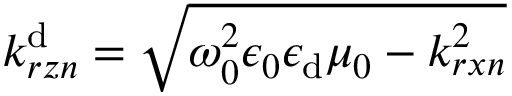
k _ { r z n } ^ { \mathrm { d } } = \sqrt { \omega _ { 0 } ^ { 2 } \epsilon _ { 0 } \epsilon _ { \mathrm { d } } \mu _ { 0 } - k _ { r x n } ^ { 2 } }